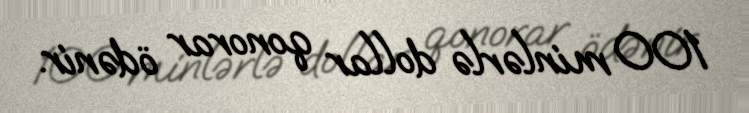
100 minlərlə dollar qonorar ödənir.